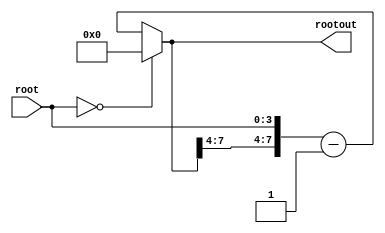
`timescale 1ns / 1ps
//////////////////////////////////////////////////////////////////////////////////
// Company: 
// Engineer: 
// 
// Design Name: 
// Module Name:    Derivative 
// Project Name: 
// Target Devices: 
// Tool versions: 
// Description: 
//
// Dependencies: 
//
// Revision: 
// Revision 0.01 - File Created
// Additional Comments: 
//
//////////////////////////////////////////////////////////////////////////////////
module SimpleDerivativeRoot(  
    input [3:0]root,
    output [7:0] rootout
    );

	 reg [7:0] rt;

	
	always @(root)begin 
		
	
		rt [3:0] = root;
		
		
		if(root == 4'b0)begin
			rt = 8'b0000;
		end

		else begin 	
			rt = rt - 1;
		end
	end
	
	assign rootout [7:0] = rt;

	
	
endmodule